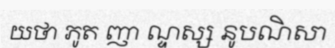
យថា ភូត ញា ណ្ទស្ស នូបណិសា